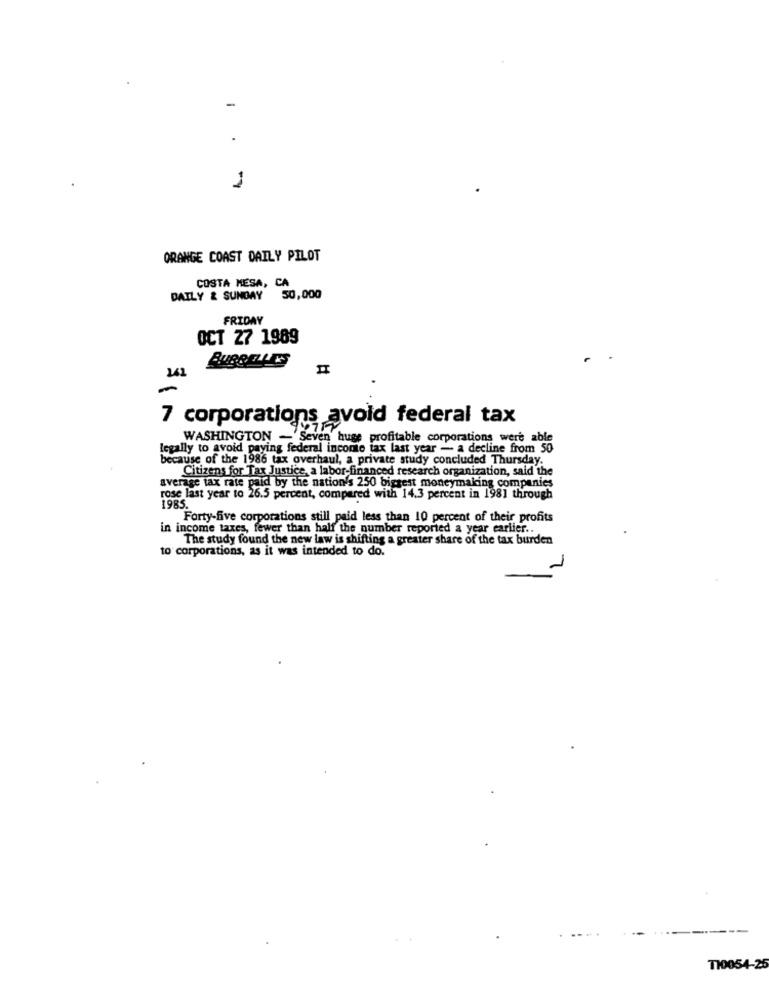
1
ORANGE COAST DAILY PILOT
COSTA MESA, CA
DAILY & SUNDAY 50,000
FRIDAY
OCT 27 1989
241
BUBBELL TS
-
7 corporations avoid federal tax
WASHINGTON -'Seven' huse profitable corporations were able
legally to avoid paying federal income tax last year - a decline from 50
because of the 1986 tax overhaul, a private study concluded Thursday.
Citizens for Tax Justice, a labor-financed research organization, said the
average tax rate paid by the nation's 250 biggest moneymaking companies
rose last year to 26.5 percent, compared with 14.3 percent in 1981 through
1985.
Forty-five corporations still paid less than 10 percent of their profits
in income taxes, fewer than half the number reported a year earlier ..
The study found the new law is shifting a greater share of the tax burden
to corporations, as it was intended to do.
-
---
T10054-25